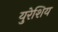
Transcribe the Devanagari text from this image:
युरेशिय